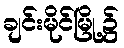
ချင်းမိုင်မြို့၌